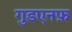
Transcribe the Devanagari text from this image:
गुडएनफ़